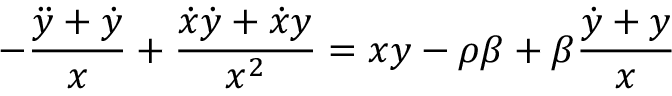
- \frac { \ddot { y } + \dot { y } } { x } + \frac { \dot { x } \dot { y } + \dot { x } y } { x ^ { 2 } } = x y - \rho \beta + \beta \frac { \dot { y } + y } { x }